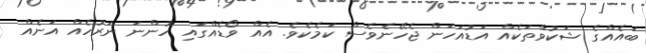
ބައެއްގެ ޝަކުވާތަކެއް އަޑުއަހަން ޖެހޭނެވެސް ކަމެކެވެ. އެއް ވޯޑެއްގައި ހުންނަ ނަރުހެއް އަނެއް